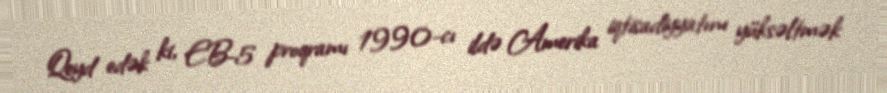
Qeyd edək ki, EB-5 proqramı 1990-cı ildə Amerika iqtisadiyyatını yüksəltmək